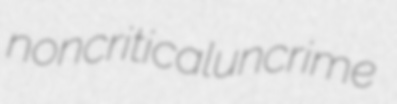
noncritical uncrime